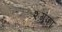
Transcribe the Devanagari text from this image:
शगूंफा